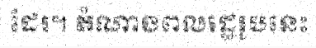
ដែរ។ តំណាងពលរដ្ឋរូបនេះ